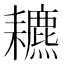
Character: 𦔩